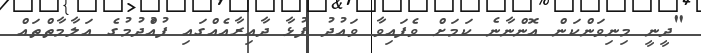
"ދީނީ މިނިވަންކަން އޮންނާނެ ކަމަށް ވެފައިވާ ވައުދު ފުޅާ ދާއިރާއެއްގައި ފުއްުދުމުގެ އަލާމާތްތައް